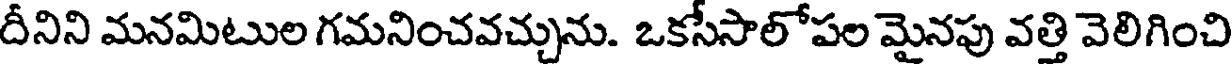
దీనిని మనమిటుల గమనించవచ్చును. ఒకసీసాలోపల మైనపు వత్తి వెలిగించి